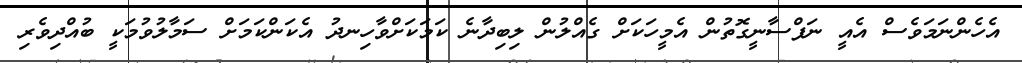
އެހެންނަމަވެސް އެއީ ނަފްސާނީގޮތުން އެމީހަކަށް ގެއްލުން ލިބިދާނެ ކަމަކަށްވާހިނދު އެކަންކަމަށް ސަމާލުވުމަކީ ބުއްދިވެރި